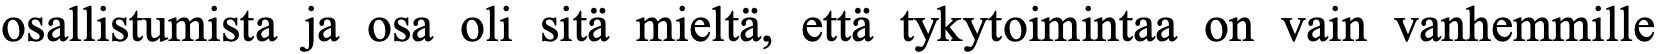
osallistumista ja osa oli sitä mieltä, että tykytoimintaa on vain vanhemmille